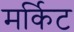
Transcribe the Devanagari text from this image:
मर्किट